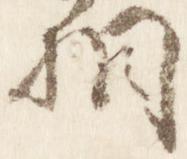
相